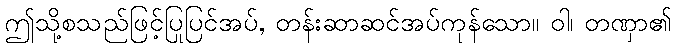
ဤသို့စသည်ဖြင့်ပြုပြင်အပ်, တန်းဆာဆင်အပ်ကုန်သော။ ဝါ၊ တဏှာ၏